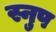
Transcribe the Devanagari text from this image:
स्नुप